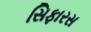
સિફારસ